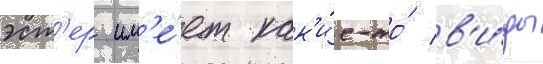
эст'ер им'е́ет как'и́е-то́ в'и́ды